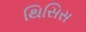
થિસિસ